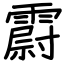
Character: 霨